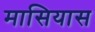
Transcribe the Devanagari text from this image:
मासियास